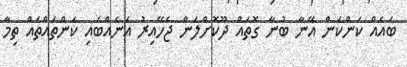
ބައެއް ކަންކަން އޭނާ ބުނާ ގޮތައް ދޫކޮށްލަން ޖެހޭއިރު އަނެއްބައި ކަންތައްތައް ތިމާ